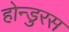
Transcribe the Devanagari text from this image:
होन्डुरस